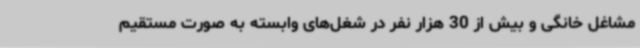
مشاغل خانگی و بیش از 30 هزار نفر در شغل‌های وابسته به صورت مستقیم